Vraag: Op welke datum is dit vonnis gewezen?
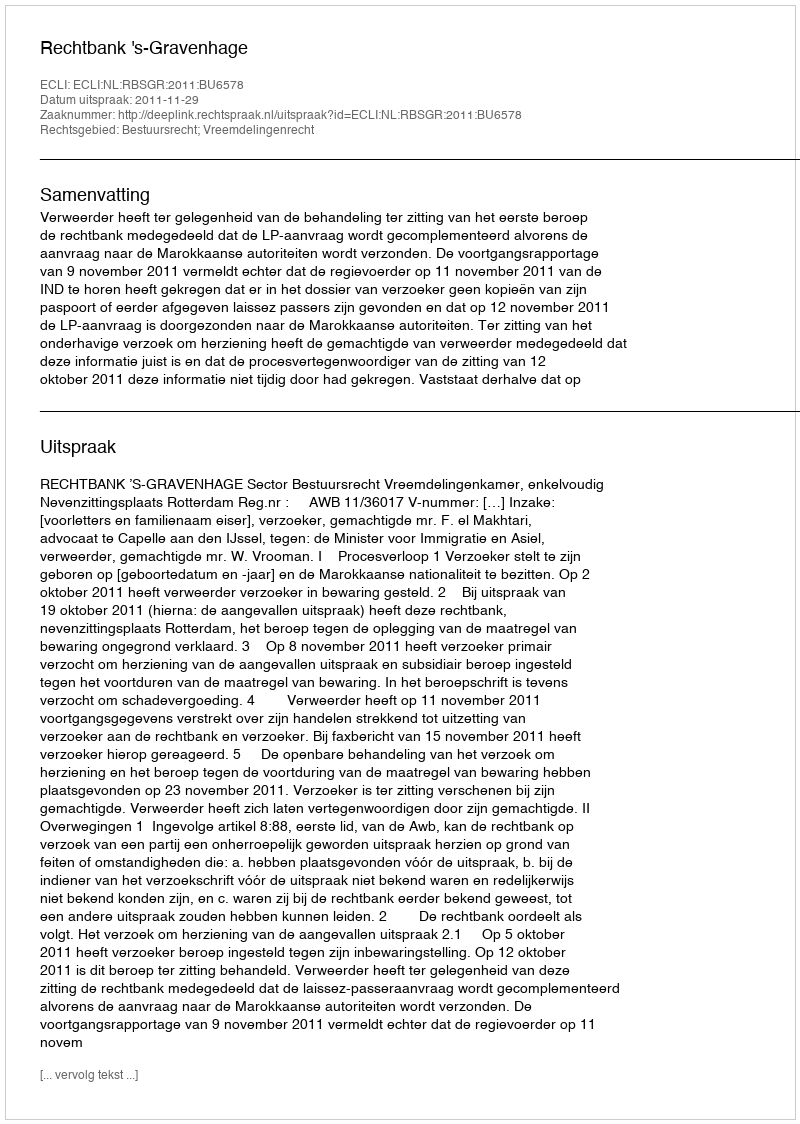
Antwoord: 2011-11-29